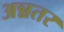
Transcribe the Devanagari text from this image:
अन्नतर